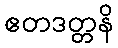
ဧတဒတ္တနိ